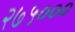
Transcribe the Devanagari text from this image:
२७५०००